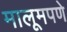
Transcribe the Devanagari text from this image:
मालूमपणे